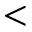
<